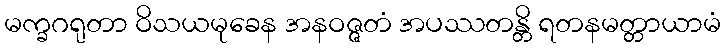
မက္ခဂရုတာ ဝိသယမုခေန အနဝဇ္ဇတံ အပဿတန္တိ ရတနမတ္တာယာမံ